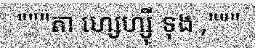
"""តា ហ្សេហ្ស៊ី ទុង ,"""